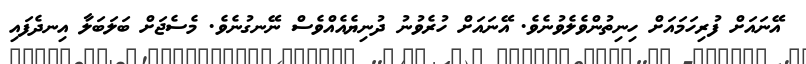
އޭނައަށް ފުރިހަމައަށް ހިނިތުންވެލެވުނެވެ. އޭނައަށް ހުރެވުނު ދުނިޔެއެއްވެސް ނޭނގުނެވެ. މެސެޖަށް ބަލަބަލާ އިނދެފައި